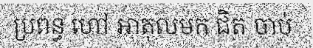
ប្រពន្ធ ហៅ អាតុលមក ជិត ចាប់